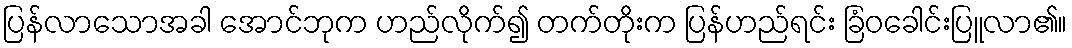
ပြန်လာသောအခါ အောင်ဘုက ဟည်လိုက်၍ တက်တိုးက ပြန်ဟည်ရင်း ခြံဝခေါင်းပြူလာ၏။